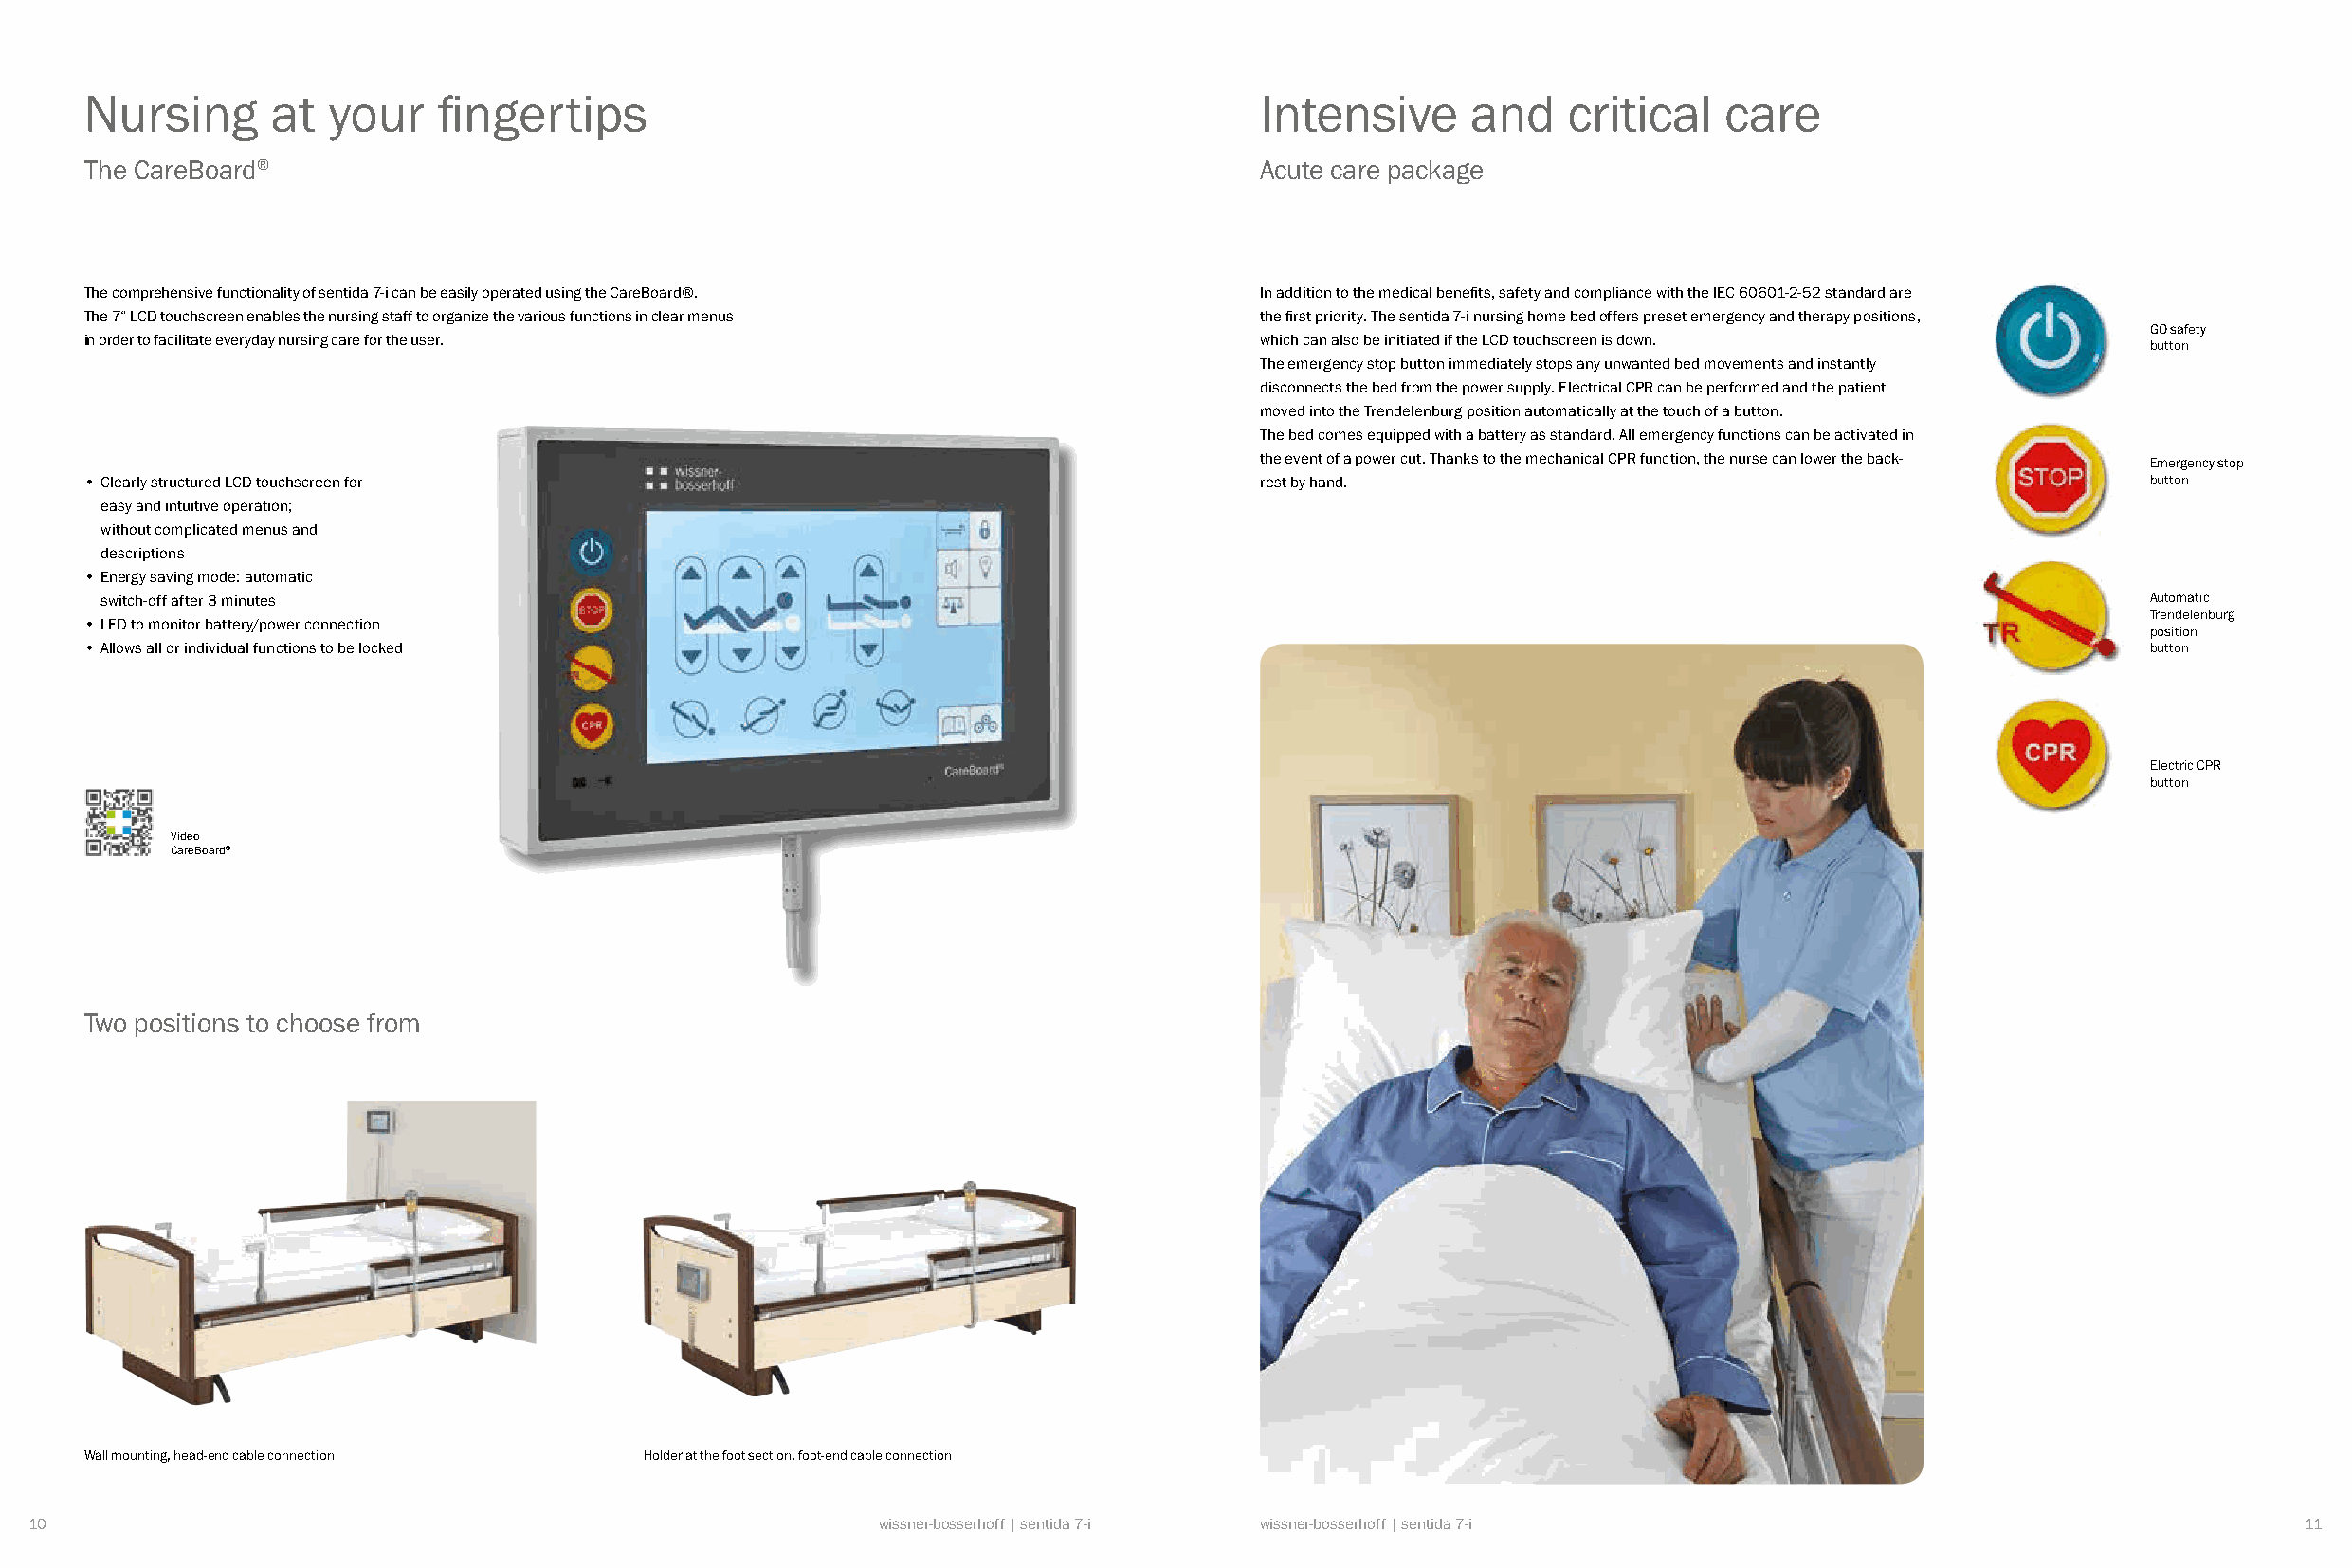
Nursing      at  your    fingertips                                               Intensive      and   critical   care
 The CareBoard®                                                                    Acute care package
 The comprehensive functionality of sentida 7-i can be easily operated using the CareBoard®. In addition to the medical benefits, safety and compliance with the IEC 60601-2-52 standard are
 The 7“ LCD touchscreen enables the nursing staff to organize the various functions in clear menus the first priority. The sentida 7-i nursing home bed offers preset emergency and therapy positions,
 GO safety
 in order to facilitate everyday nursing care for the user.                        which can also be initiated if the LCD touchscreen is down.
 button
 The emergency stop button immediately stops any unwanted bed movements and instantly
 disconnects the bed from the power supply. Electrical CPR can be performed and the patient
 moved into the Trendelenburg position automatically at the touch of a button.
 The bed comes equipped with a battery as standard. All emergency functions can be activated in
 the event of a power cut. Thanks to the mechanical CPR function, the nurse can lower the back- Emergency stop
 • Clearly structured LCD touchscreen for                                          rest by hand.                                                 button
 easy and intuitive operation;
 without complicated menus and
 descriptions
 • Energy saving mode: automatic
 switch-off after 3 minutes                                                                                                                     Automatic
 Trendelenburg
 • LED to monitor battery/power connection
 position
 • Allows all or individual functions to be locked                                                                                               button
 Electric CPR
 button
 Video
 CareBoard®
 Two positions to choose from
 Wall mounting, head-end cable connection Holder at the foot section, foot-end cable connection
 10                                                         wissner-bosserhoff | sentida 7-i wissner-bosserhoff | sentida 7-i                                   11